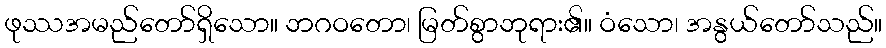
ဖုဿအမည်တော်ရှိသော။ ဘဂဝတော၊ မြတ်စွာဘုရား၏။ ဝံသော၊ အနွယ်တော်သည်။